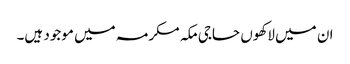
ان میں لاکھوں حاجی مکہ مکرمہ میں موجود ہیں۔